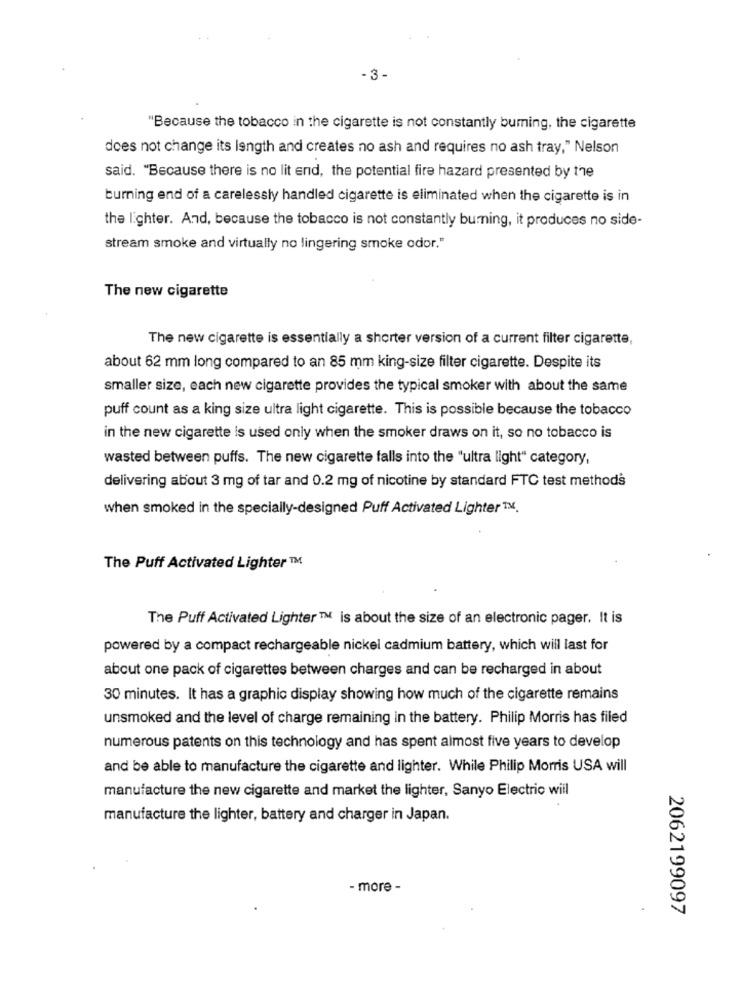
-3-
"Because the tobacco in the cigarette is not constantly buming, the cigarette
does not change its length and creates no ash and requires no ash tray," Nelson
said. "Because there is no lit end, the potential fire hazard presented by the
burning end of a carelessly handled cigarette is eliminated when the cigarette is in
the lighter. And, because the tobacco is not constantly burning, it produces no side-
stream smoke and virtually no lingering smoke odor."
The new cigarette
The new cigarette is essentially a shorter version of a current filter cigarette,
about 62 mm long compared to an 85 mm king-size filter cigarette. Despite its
smaller size, each new cigarette provides the typical smoker with about the same
puff count as a king size ultra light cigarette. This is possible because the tobacco
in the new cigarette is used only when the smoker draws on it, so no tobacco is
wasted between puffs. The new cigarette falls into the "ultra light" category,
delivering about 3 mg of tar and 0.2 mg of nicotine by standard FTC test methods
when smoked in the specially-designed Puff Activated Lighter 1M.
The Puff Activated Lighter ™M.
The Puff Activated Lighter ™ is about the size of an electronic pager. It is
powered by a compact rechargeable nickel cadmium battery, which will last for
about one pack of cigarettes between charges and can be recharged in about
30 minutes. It has a graphic display showing how much of the cigarette remains
unsmoked and the level of charge remaining in the battery. Philip Morris has filed
numerous patents on this technology and has spent almost five years to develop
and be able to manufacture the cigarette and lighter. While Philip Morris USA will
manufacture the new cigarette and market the lighter, Sanyo Electric will
manufacture the lighter, battery and charger in Japan.
- more -
2062199097